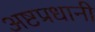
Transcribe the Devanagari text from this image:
अष्टप्रधानी